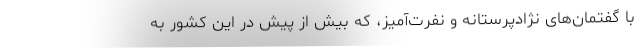
با گفتمان‌های نژادپرستانه و نفرت‌آمیز، که بیش از پیش در این کشور به